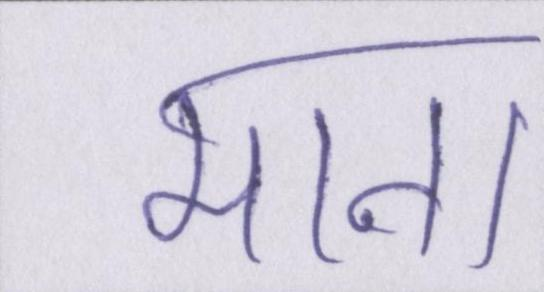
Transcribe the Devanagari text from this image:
मान